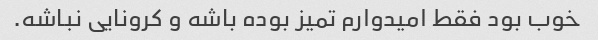
خوب بود فقط امیدوارم تمیز بوده باشه و کرونایی نباشه.